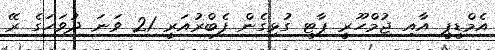
އެމްޑީޕީ އާއި ޖުމްހޫރީ ޕާޓީ ގުޅިގެން ފެބްރުއަރީ 21 ވަނަ ދުވަހަގެ ރޭ